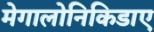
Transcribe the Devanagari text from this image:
मेगालोनिकिडाए